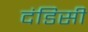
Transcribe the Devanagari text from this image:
दंडिसी